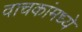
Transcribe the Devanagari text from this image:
वाचकांमध्ये